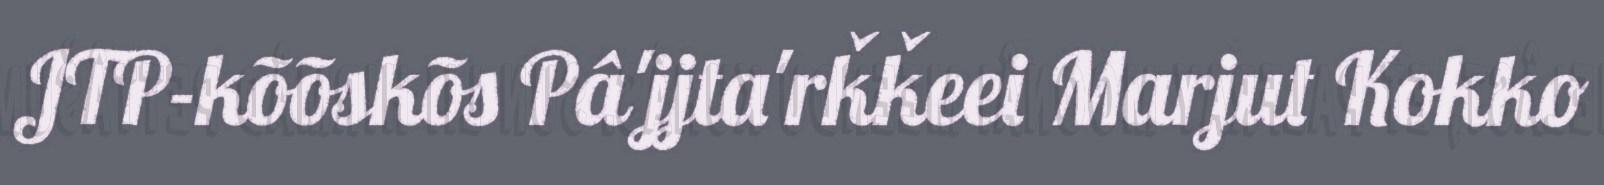
JTP-kõõskõs Pâ'jjta'rǩǩeei Marjut Kokko